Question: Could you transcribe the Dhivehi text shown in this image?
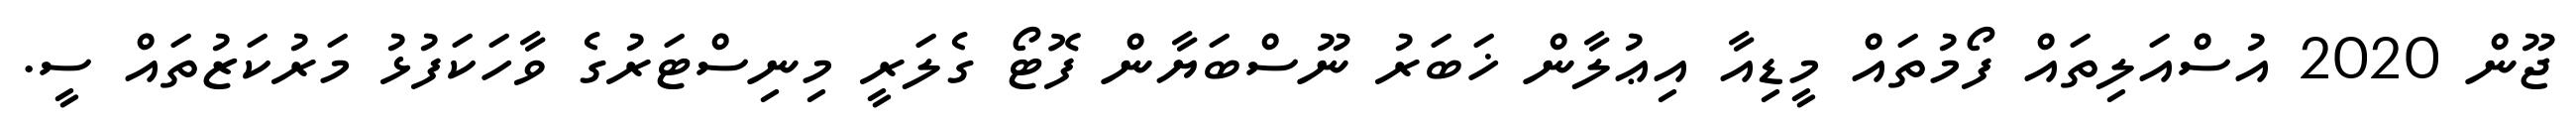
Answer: ޖޫން 2020 އުސްއަލިތައް ފޯމުތައް މީޑިއާ އިޢުލާން ޚަބަރު ނޫސްބަޔާން ފޮޓޯ ގެލަރީ މިނިސްޓަރުގެ ވާހަކަފުޅު މަރުކަޒުތައް ސީ.